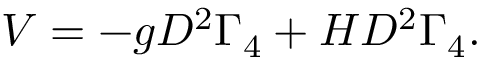
V = - g D ^ { 2 } \Gamma _ { 4 } + H D ^ { 2 } \Gamma _ { 4 } .